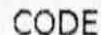
CODE